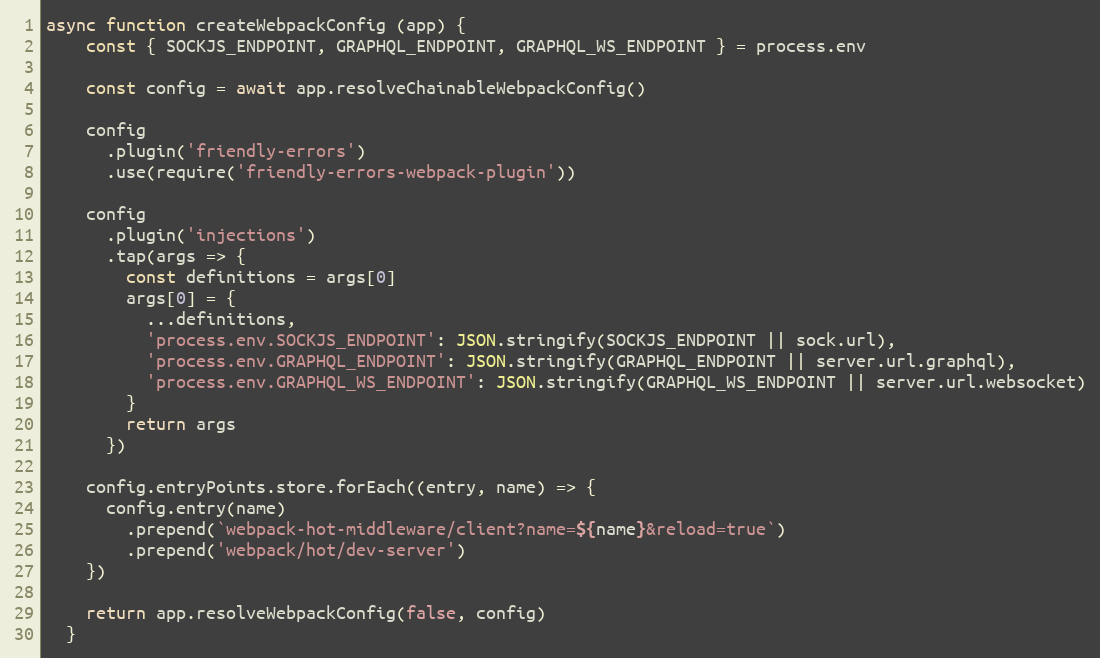
Language: JavaScript
async function createWebpackConfig (app) {
    const { SOCKJS_ENDPOINT, GRAPHQL_ENDPOINT, GRAPHQL_WS_ENDPOINT } = process.env

    const config = await app.resolveChainableWebpackConfig()

    config
      .plugin('friendly-errors')
      .use(require('friendly-errors-webpack-plugin'))

    config
      .plugin('injections')
      .tap(args => {
        const definitions = args[0]
        args[0] = {
          ...definitions,
          'process.env.SOCKJS_ENDPOINT': JSON.stringify(SOCKJS_ENDPOINT || sock.url),
          'process.env.GRAPHQL_ENDPOINT': JSON.stringify(GRAPHQL_ENDPOINT || server.url.graphql),
          'process.env.GRAPHQL_WS_ENDPOINT': JSON.stringify(GRAPHQL_WS_ENDPOINT || server.url.websocket)
        }
        return args
      })

    config.entryPoints.store.forEach((entry, name) => {
      config.entry(name)
        .prepend(`webpack-hot-middleware/client?name=${name}&reload=true`)
        .prepend('webpack/hot/dev-server')
    })

    return app.resolveWebpackConfig(false, config)
  }